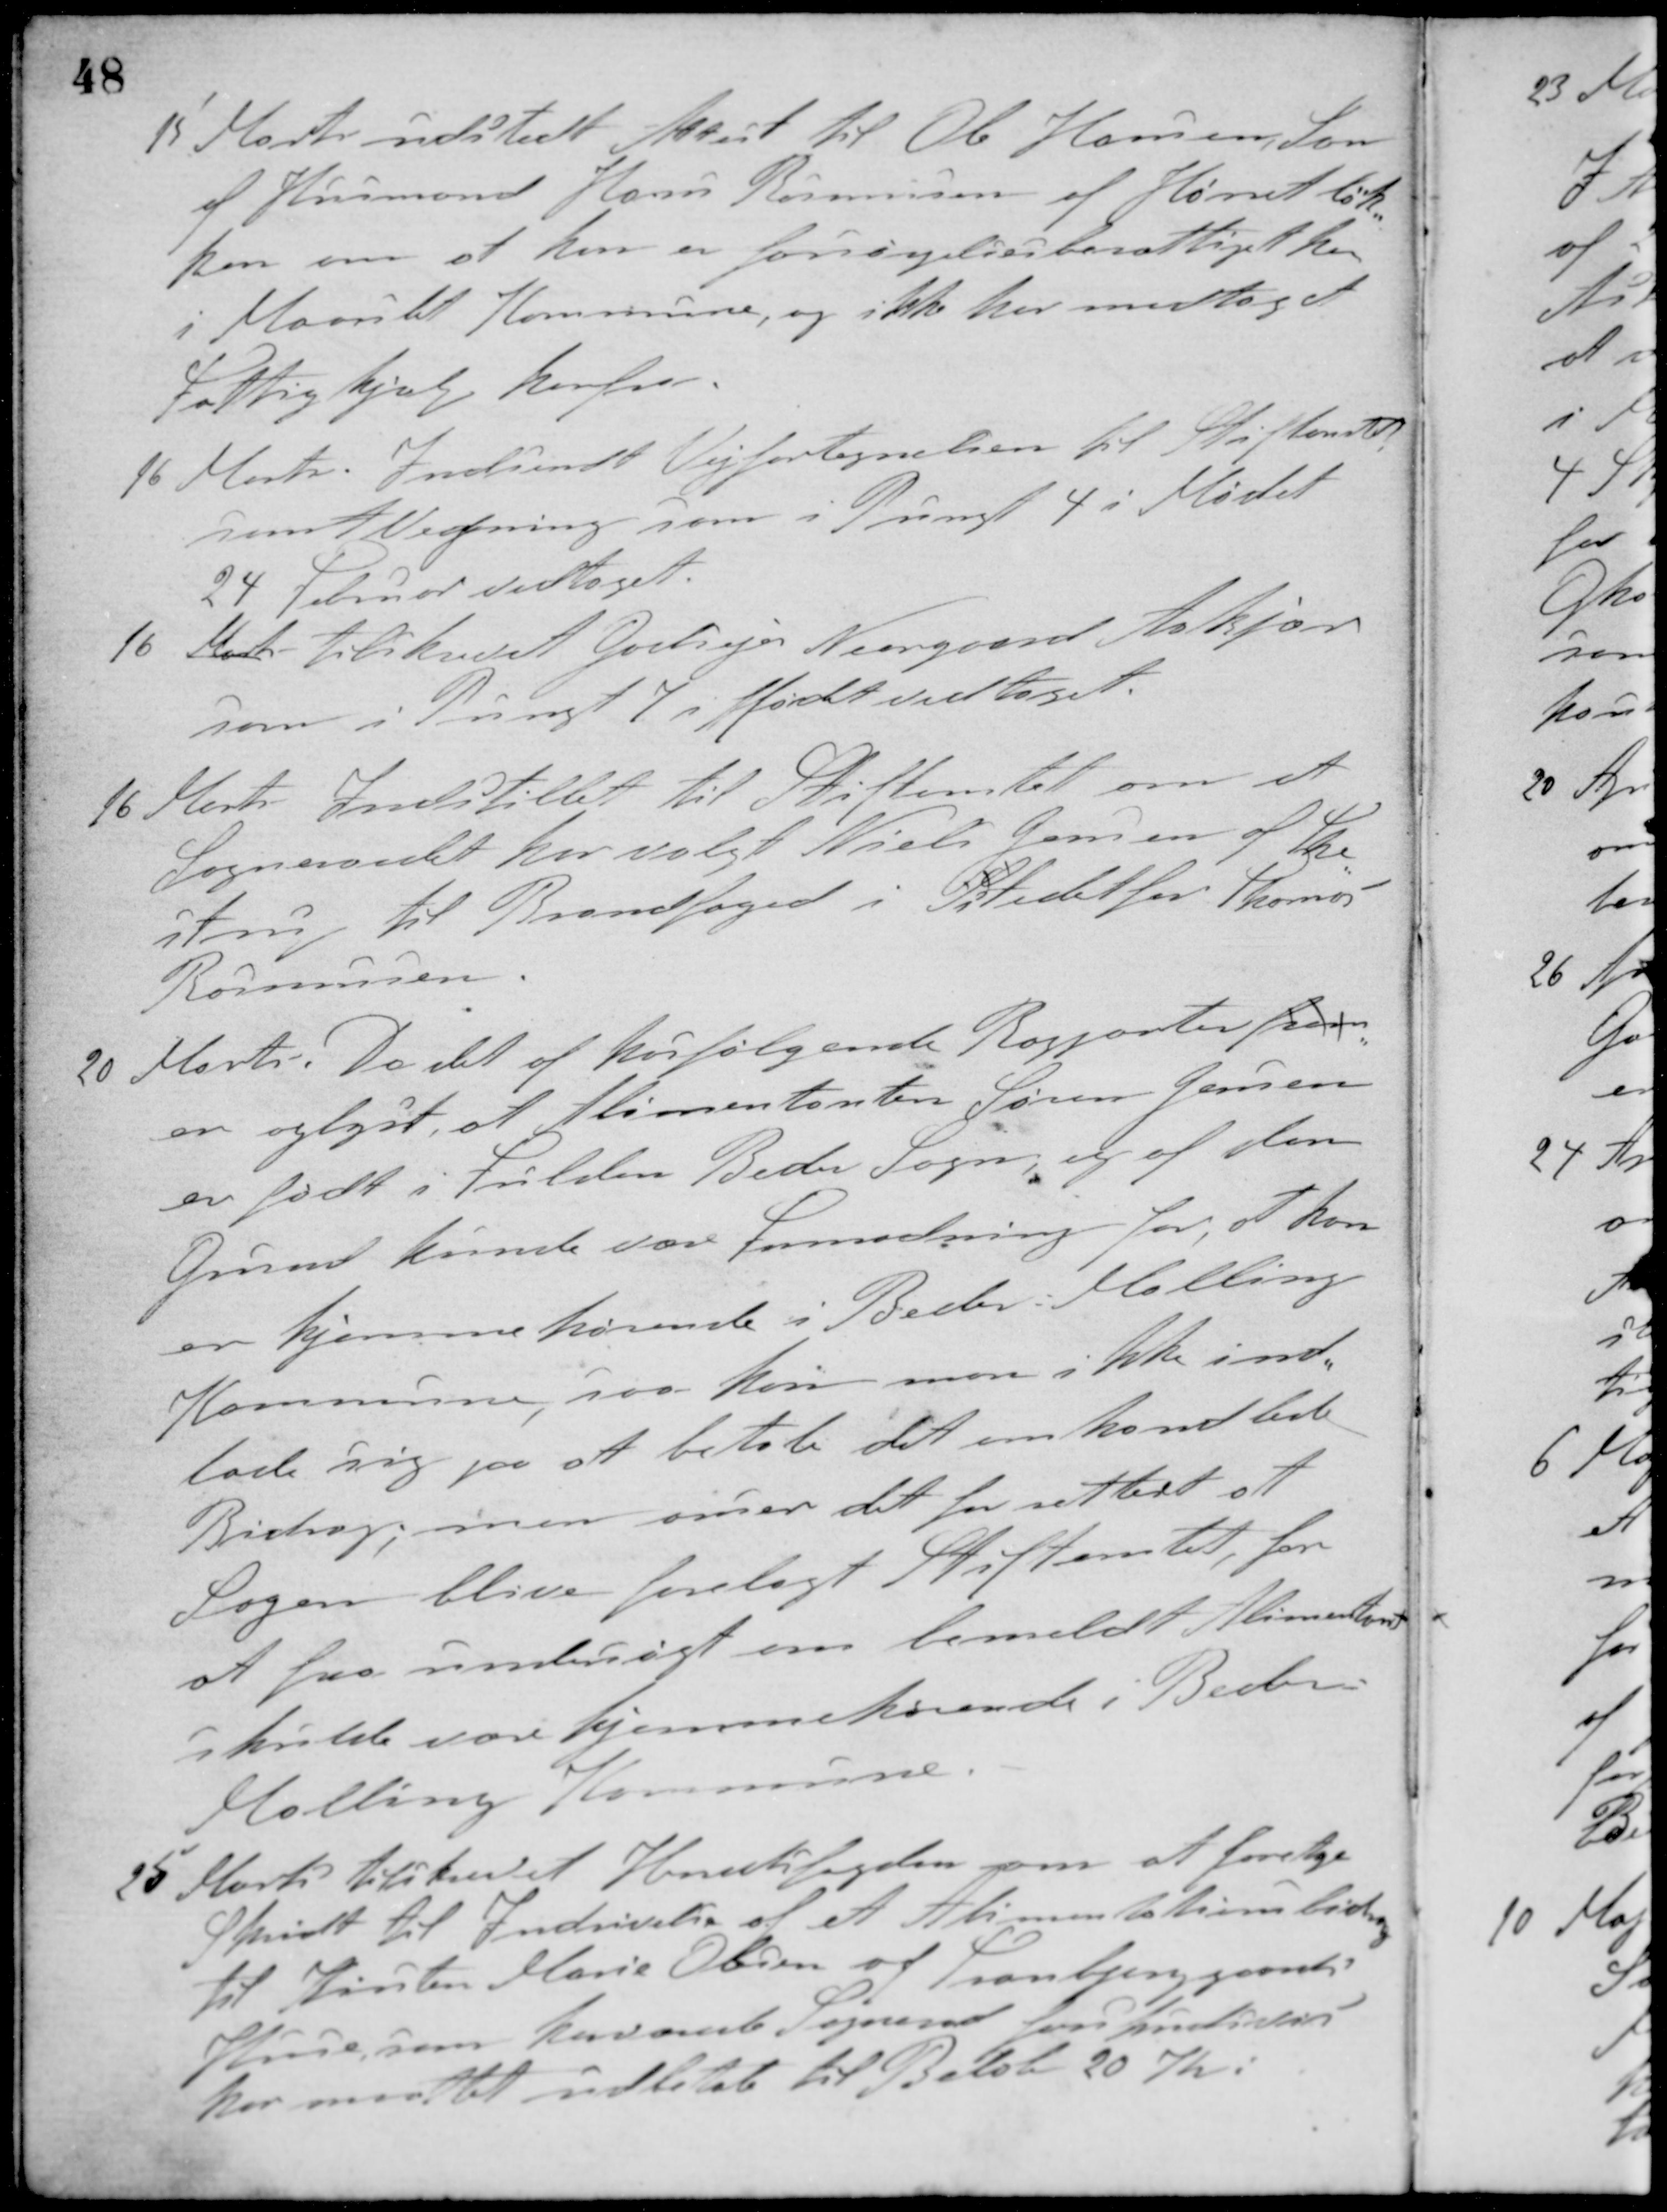
Transskription:
15 Marts udstedt Attest til Ole Hansen, Søn
af Husmand Hans Rasmussen af Hørretløk-
ken om at han er forsørgelsesberettiget her
i Maarslet Kommune, og ikke har modtaget
Fattighjælp herfra.
16 Marts. Indsendt Vejfortegnelsen til Stiftamtet
samt Vejføring som i Pungt 4 i Mødet
24 Februar vedtaget.
16 Marts tilskrevet Godsejer Neergaard Aakjær
som i Pungt 7 i Mødet vedtaget.
16 Marts. Indstillet til Stiftamtet om at
Sogneraadet har valgt Niels Jensen af The-
strup til Brandfoged i Sistedet for Thomas
Rasmussen.
20 Marts. Da det af hosfølgende Rapporter frem
er oplyst, at Alimentanten Søren Jensen
er født i Fulden Beder Sogn, og af den
Grund kunde være Formodning for, at han
er hjemmehørende i Beder-Malling
Kommune, saa kan man ikke ind-
lade sig paa at betale det omhandlede
Bidrag, men anser det for rettest at
Sagen bliver forelagt Stiftamtet, for
at faa undersøgt om bemeldte Alimentant
skulde være hjemmehørende i Beder-
Malling Kommune.
25 Marts tilskrevet Herredsfogden om at foretage
Skridt til Indrivelse af et Alimentationsbidrag
til Kirsten Marie Olesen af Tranbjerggaards
Huse, som herværende Sogneraad forskudsvis
har maattet udbetale til Beløb 20 Kr.